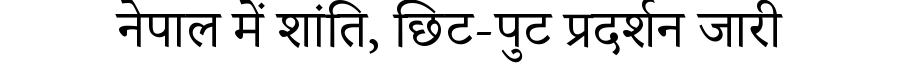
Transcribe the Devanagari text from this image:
नेपाल में शांति, छिट-पुट प्रदर्शन जारी